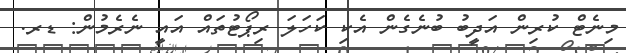
މިނެޓް ކުރިން އަދީބު ބުނެގެން އެކި ކަހަލަ ރިޕޯޓުތައް އައީ ނެރެމުން: ޑރ.